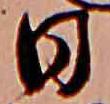
日